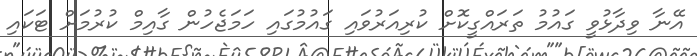
އޭނާ ވިދާޅުވީ ގައުމު ތަރައްގީކޮށް ކުރިއަރުވައި ގައުމުގައި ހަމަޖެހުން ގާއިމް ކުރުމަށް ޓަކައި